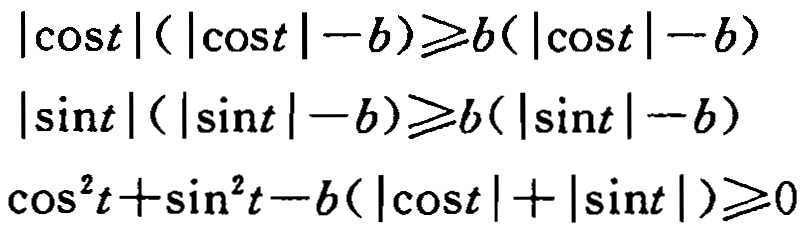
\[
\begin{align*}
|\cos t|(|\cos t|-b)&\geqslant b(|\cos t|-b)\\
|\sin t|(|\sin t|-b)&\geqslant b(|\sin t|-b)\\
\cos^{2}t+\sin^{2}t - b(|\cos t|+|\sin t|)&\geqslant 0
\end{align*}
\]